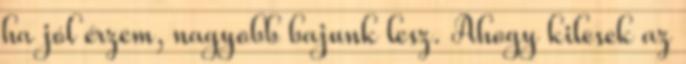
ha jól érzem, nagyobb bajunk lesz. Ahogy kilesek az